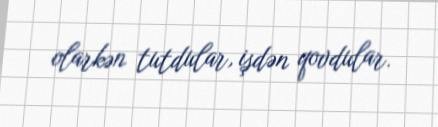
olarkən tutdular, işdən qovdular.